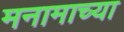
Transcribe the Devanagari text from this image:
मनामाच्या